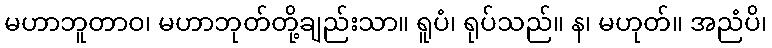
မဟာဘူတာဝ၊ မဟာဘုတ်တို့ချည်းသာ။ ရူပံ၊ ရုပ်သည်။ န၊ မဟုတ်။ အညံပိ၊